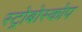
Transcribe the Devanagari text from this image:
स्ट्रोबोस्कोप